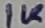
Text: 1K